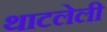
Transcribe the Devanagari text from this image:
थाटलेली